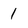
Character: 1